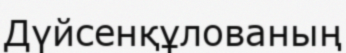
Дүйсенқұлованың